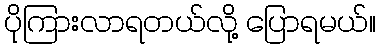
ပိုကြားလာရတယ်လို့ ပြောရမယ်။